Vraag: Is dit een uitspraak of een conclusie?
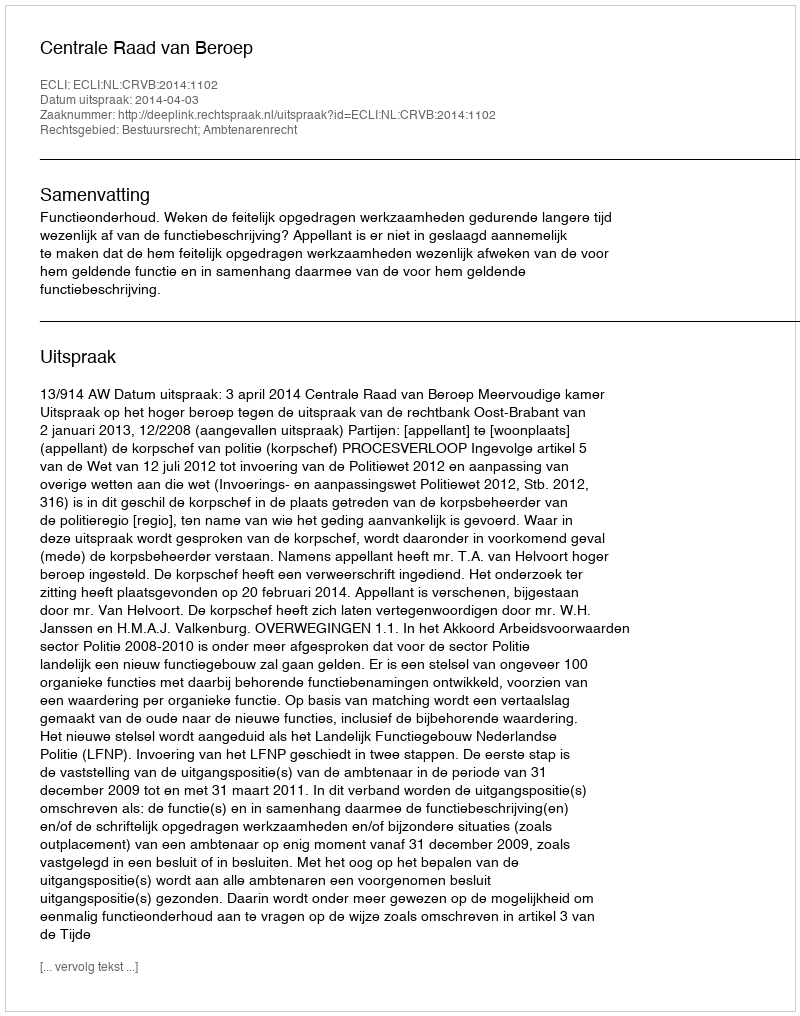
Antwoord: Uitspraak